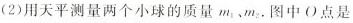
(2)用天平测量两个小球的质量m_{1}、m_{2}.图中O点是